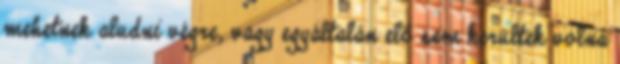
mehetnek aludni végre, vagy egyáltalán elő sem kerültek volna